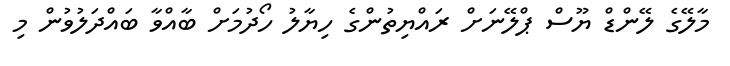
މާލޭގެ ލޭންޑް ޔޫސް ޕްލޭނަށް ރައްޔިތުންގެ ހިޔާލު ހޯދުމަށް ބާއްވާ ބައްދަލުވުން މި